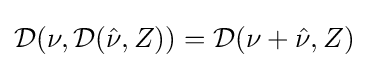
{\mathcal {D}}(\nu ,{\mathcal {D}}({\hat {\nu }},Z))={\mathcal {D}}(\nu +{\hat {\nu }},Z)